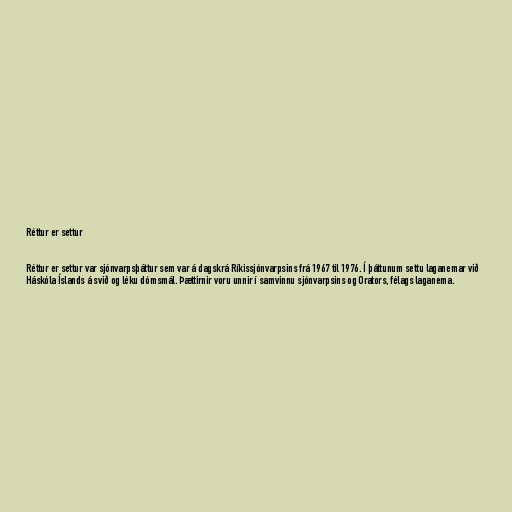
Réttur er settur

Réttur er settur var sjónvarpsþáttur sem var á dagskrá Ríkissjónvarpsins frá 1967 til 1976. Í þáttunum settu laganemar við
Háskóla Íslands á svið og léku dómsmál. Þættirnir voru unnir í samvinnu sjónvarpsins og Orators, félags laganema.